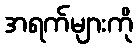
အရက်များကို